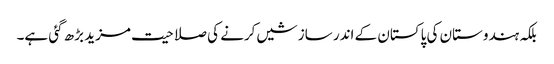
بلکہ ہندوستان کی پاکستان کے اندر سازشیں کرنے کی صلاحیت مزید بڑھ گئی ہے۔